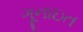
ગૂનાઇત